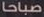
صباحا